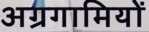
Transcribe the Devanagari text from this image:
अग्रगामियों